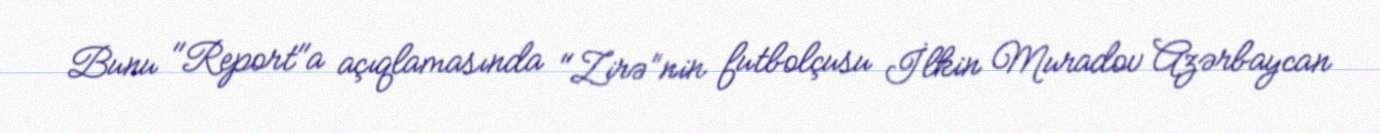
Bunu "Report"a açıqlamasında "Zirə”nin futbolçusu İlkin Muradov Azərbaycan